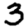
Digit: 3